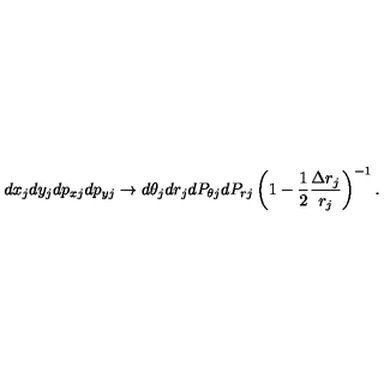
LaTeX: d x _ { j } d y _ { j } d p _ { x j } d p _ { y j } \rightarrow d \theta _ { j } d r _ { j } d P _ { \theta j } d P _ { r j } \left( 1 - \frac { 1 } { 2 } \frac { \Delta r _ { j } } { r _ { j } } \right) ^ { - 1 } .